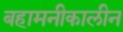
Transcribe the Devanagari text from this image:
बहामनीकालीन